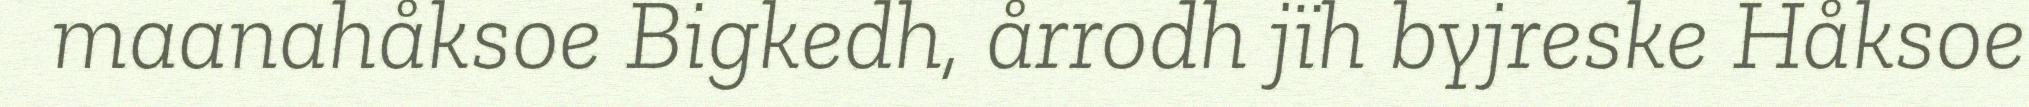
maanahåksoe Bigkedh, årrodh jïh byjreske Håksoe